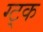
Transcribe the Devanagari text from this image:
ग्ट्क